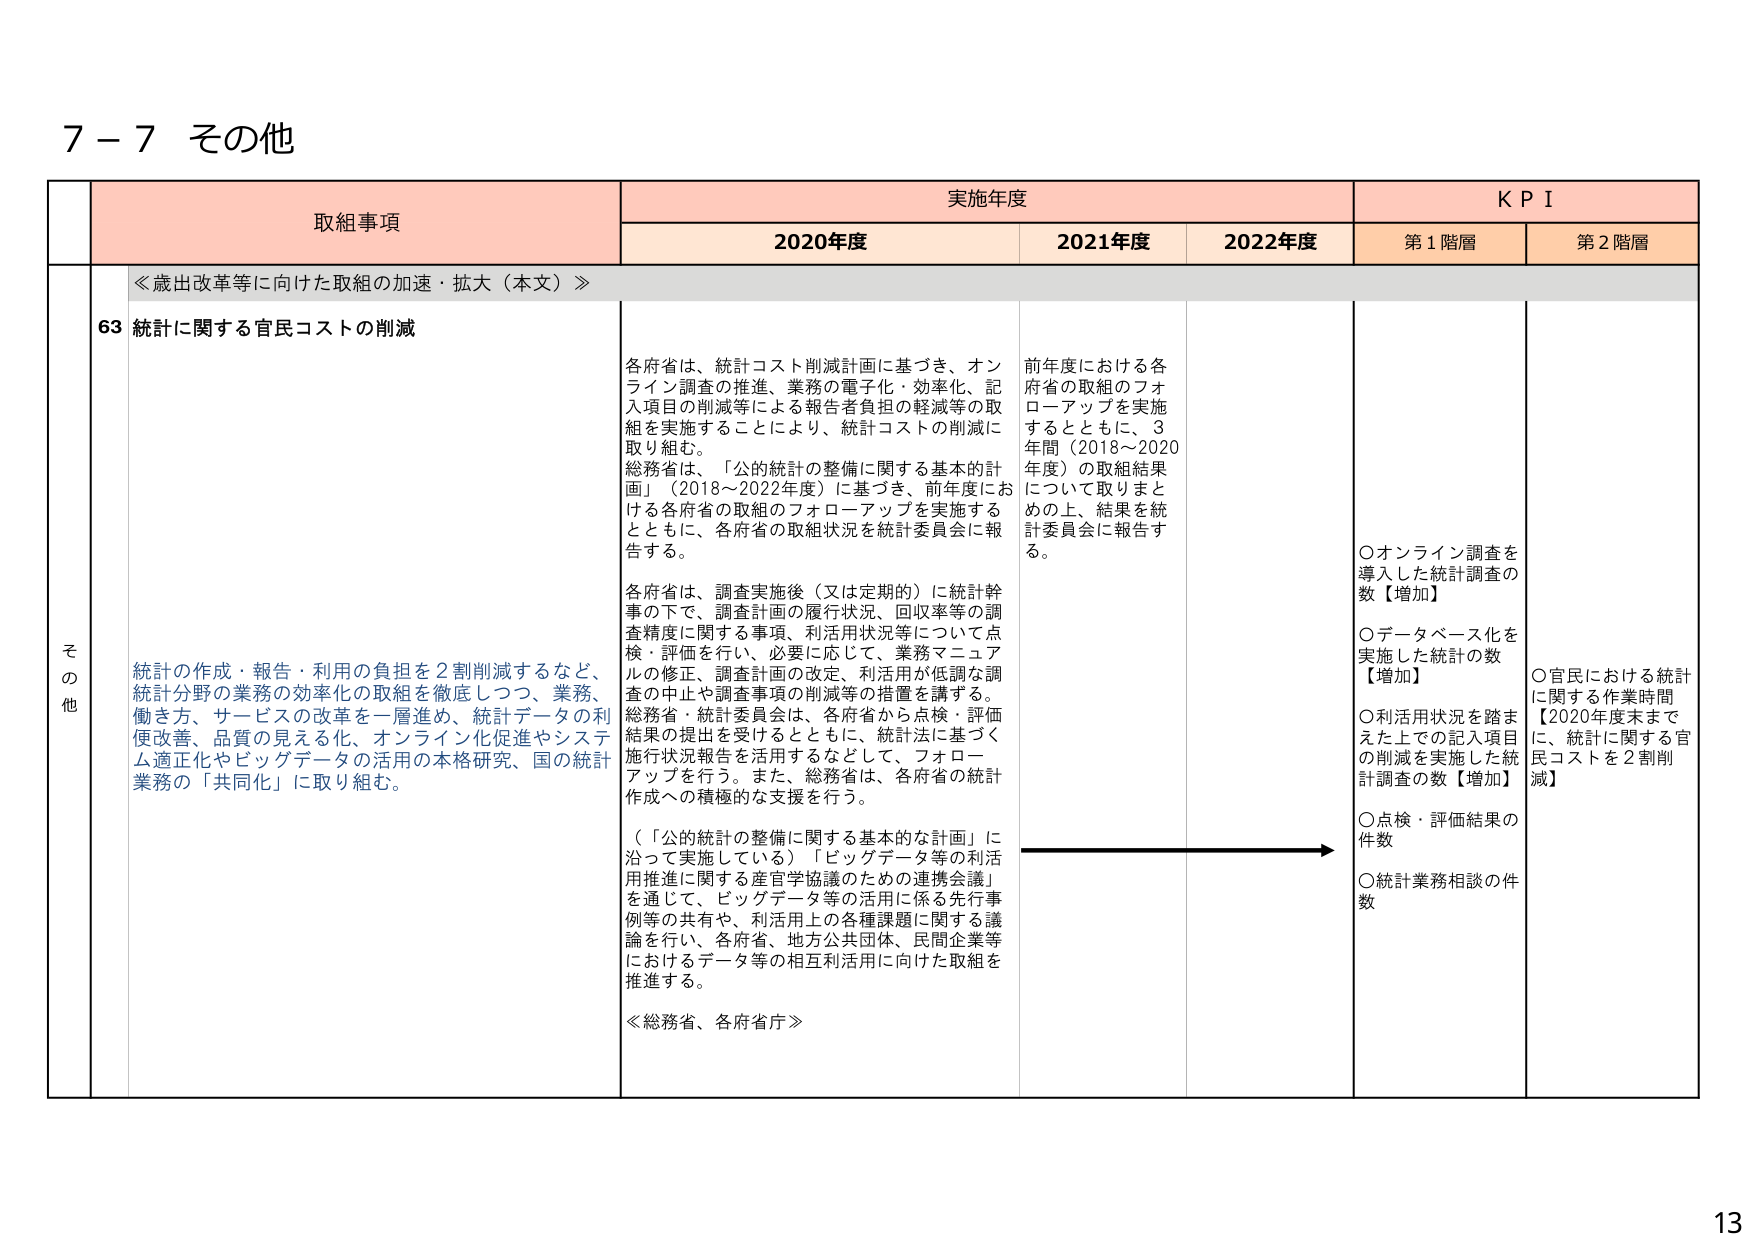
7－7 その他

取組事項
実施年度
K P I

2020年度
2021年度
2022年度
第1階層
第2階層

≪歳出改革等に向けた取組の加速・拡大（本文）≫

63 統計に関する官民コストの削減

統計の作成・報告・利用の負担を2割削減するなど、
統計分野の業務の効率化の取組を徹底しつつ、業務、
働き方、サービスの改革を一層進め、統計データの利
便改善、品質の見える化、オンライン化促進やシステ
ム適正化やビッグデータの活用の本格研究、国の統計
業務の「共同化」に取り組む。

各府省は、統計コスト削減計画に基づき、オン
ライン調査の推進、業務の電子化・効率化、記
入項目の削減等による報告者負担の軽減等の取
組を実施することにより、統計コストの削減に
取り組む。
総務省は、「公的統計の整備に関する基本的計
画」（2018～2022年度）に基づき、前年度にお
ける各府省の取組のフォローアップを実施する
とともに、各府省の取組状況を統計委員会に報
告する。

各府省は、調査実施後（又は定期的）に統計幹
事の下で、調査計画の履行状況、回収率等の調
査精度に関する事項、利活用状況等について点
検・評価を行い、必要に応じて、業務マニュア
ルの修正、調査計画の改定、利活用が低調な調
査の中止や調査事項の削減等の措置を講ずる。
総務省・統計委員会は、各府省から点検・評価
結果の提出を受けるとともに、統計法に基づく
施行状況報告を活用するなどして、フォロー
アップを行う。また、総務省は、各府省の統計
作成への積極的な支援を行う。

（「公的統計の整備に関する基本的な計画」に
沿って実施している）「ビッグデータ等の利活
用推進に関する産官学協議のための連携会議」
を通じて、ビッグデータ等の活用に係る先行事
例等の共有や、利活用上の各種課題に関する議
論を行い、各府省、地方公共団体、民間企業等
におけるデータ等の相互利活用に向けた取組を
推進する。

≪総務省、各府省庁≫

前年度における各
府省の取組のフォ
ローアップを実施
するとともに、3
年間（2018～2020
年度）の取組結果
について取りまと
めの上、結果を統
計委員会に報告す
る。

○オンライン調査を
導入した統計調査の
数【増加】
○データベース化を
実施した統計の数
【増加】
○利活用状況を踏ま
えた上で記入項目
の削減を実施した統
計調査の数【増加】
○点検・評価結果の
件数
○統計業務相談の件
数

○官民における統計
に関する作業時間
【2020年度末まで
に、統計に関する官
民コストを2割削
減】

その他

13